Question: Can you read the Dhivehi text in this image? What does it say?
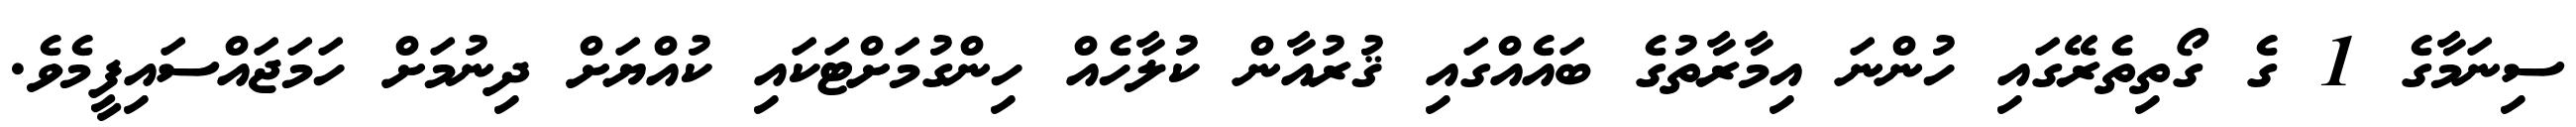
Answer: ސިނަމާގެ 1 ގެ ގޯތިތެރޭގައި ހުންނަ އިމާރާތުގެ ބައެއްގައި ޤުރުއާން ކުލާހެއް ހިންގުމަށްޓަކައި ކުއްޔަށް ދިނުމަށް ހަމަޖައްސައިފީމެވެ.